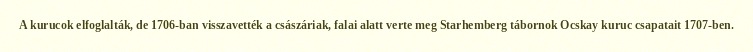
A kurucok elfoglalták, de 1706-ban visszavették a császáriak, falai alatt verte meg Starhemberg tábornok Ocskay kuruc csapatait 1707-ben.